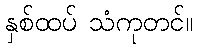
နှစ်ထပ် သံကုတင်။